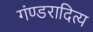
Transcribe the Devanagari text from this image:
गंण्डरादित्य